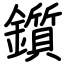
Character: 鑕